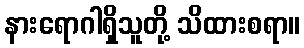
နားရောဂါရှိသူတို့ သိထားစရာ။